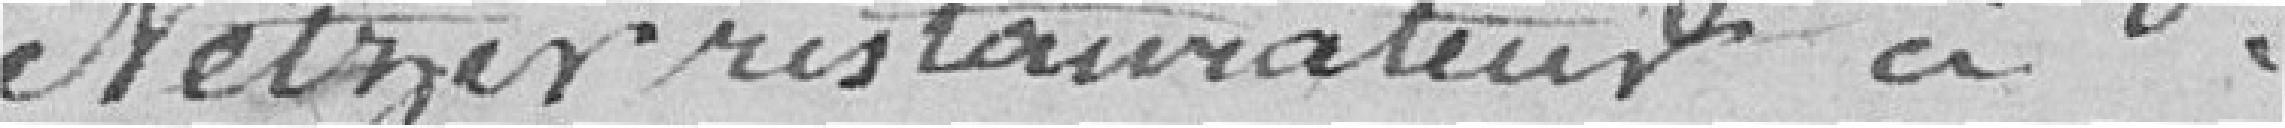
Netzer, restaurateur, à